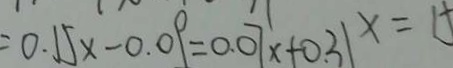
= 0 . 1 5 x - 0 . 0 9 = 0 . 0 7 x + 0 . 3 1 x = 1 5